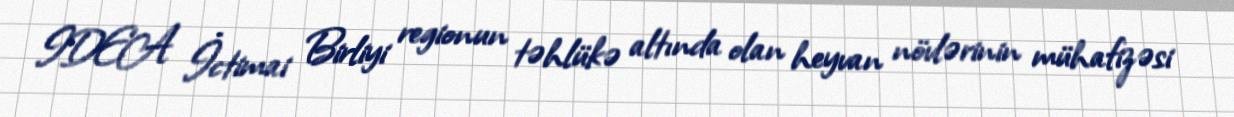
IDEA İctimai Birliyi regionun təhlükə altında olan heyvan növlərinin mühafizəsi